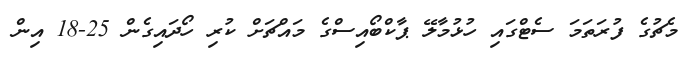
މެޗުގެ ފުރަތަމަ ސެޓްގައި ހުޅުމާލޭ ޕާކްބޯއިސްގެ މައްޗަށް ކުރި ހޯދައިގެން 25-18 އިން